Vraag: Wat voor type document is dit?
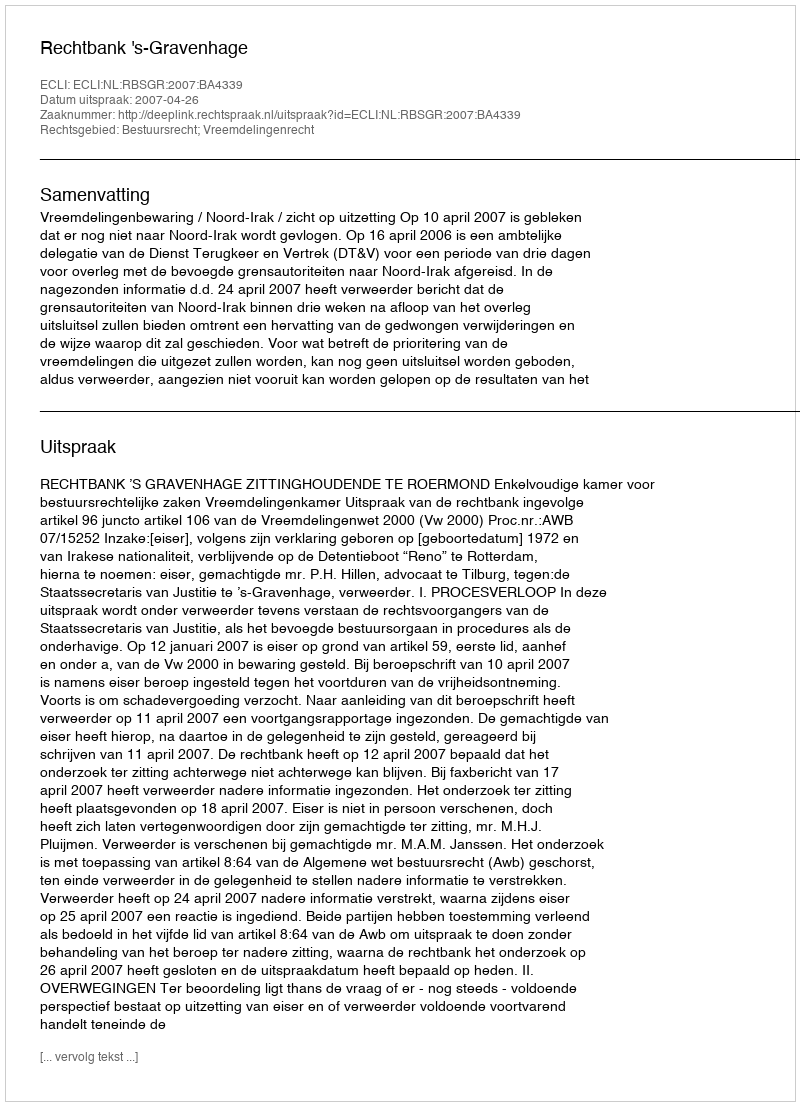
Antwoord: Uitspraak